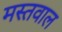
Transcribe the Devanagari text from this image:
मस्तवाल